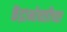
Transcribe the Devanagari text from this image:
केंद्राभोवतीच्या